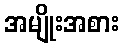
အမျိုးအစား